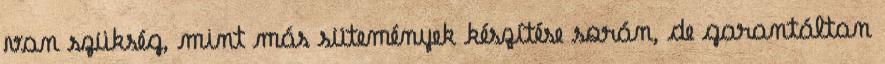
van szükség, mint más sütemények készítése során, de garantáltan